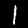
Digit: 1